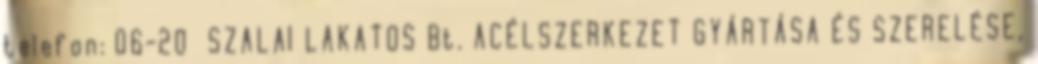
telefon: 06-20 SZALAI LAKATOS Bt. ACÉLSZERKEZET GYÁRTÁSA ÉS SZERELÉSE,